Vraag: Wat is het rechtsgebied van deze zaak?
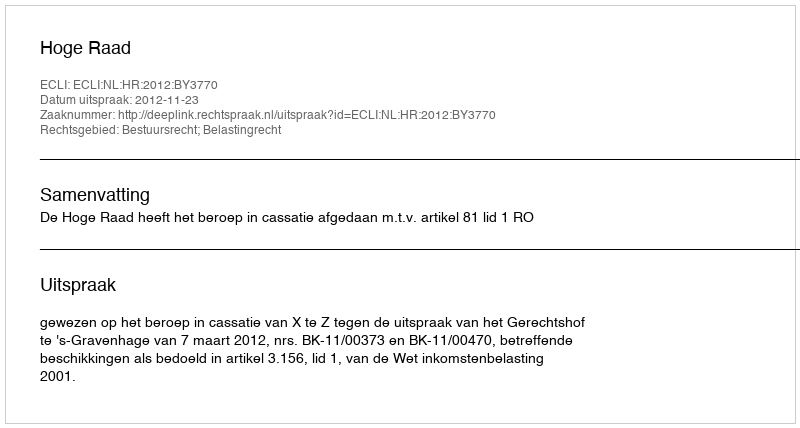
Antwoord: Bestuursrecht; Belastingrecht